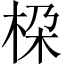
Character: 桗